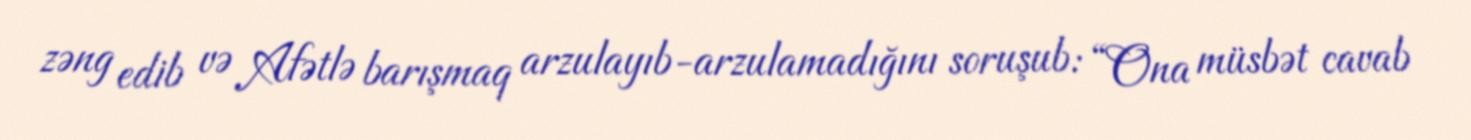
zəng edib və Afətlə barışmaq arzulayıb-arzulamadığını soruşub: “Ona müsbət cavab